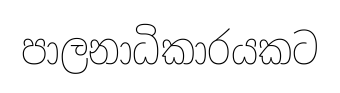
පාලනාධිකාරයකට